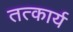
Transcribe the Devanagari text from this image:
तत्कार्य